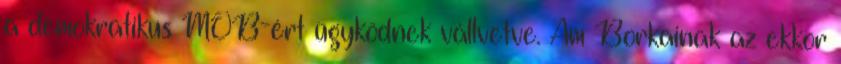
a demokratikus MOB-ért ügyködnek vállvetve. Ám Borkainak az ekkor